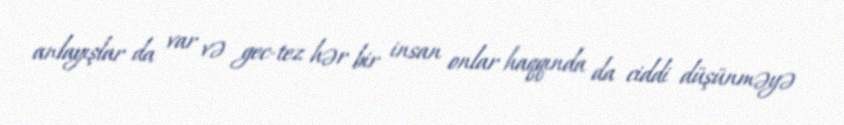
anlayışlar da var və gec-tez hər bir insan onlar haqqında da ciddi düşünməyə